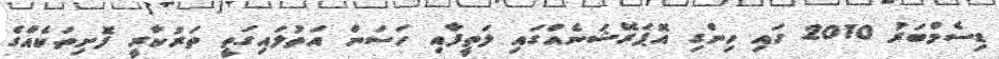
ޑިސެމްބަރު 2010 ގައި ހިންގި އޮޕަރޭޝަނެއްގައި ލަތީފާއި ހަސަން އަތުލައިގަތީ ތަރުކާރީ ފޮށިތަކެއްގެ